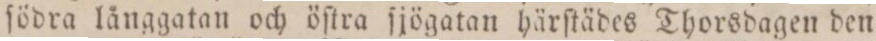
födra långgatan och öſtra ſjögatan härſtädes Thorsdagen den